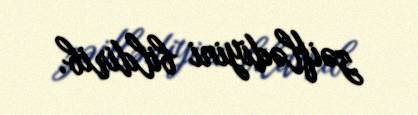
zəiflədiyini bildirib.